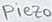
Text: Piezo